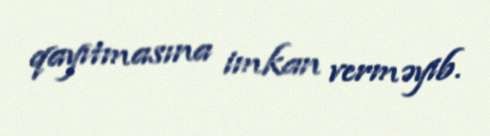
qayıtmasına imkan verməyib.